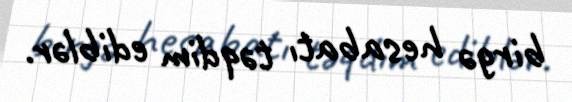
birgə hesabatı təqdim ediblər.